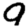
Digit: 9